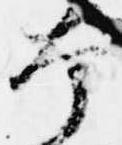
本